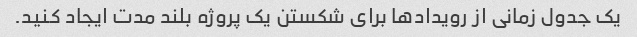
یک جدول زمانی از رویدادها برای شکستن یک پروژه بلند مدت ایجاد کنید.